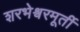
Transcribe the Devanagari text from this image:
शरभेश्वरमूर्ती